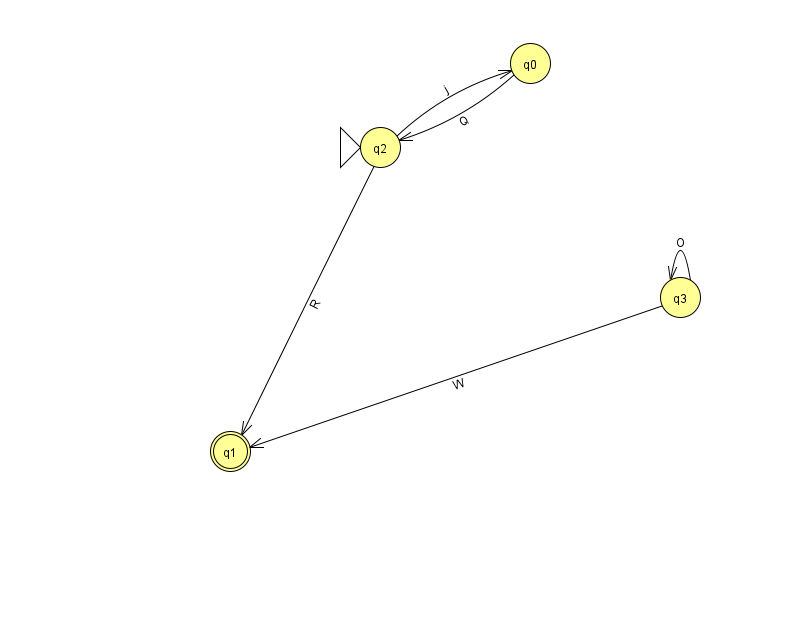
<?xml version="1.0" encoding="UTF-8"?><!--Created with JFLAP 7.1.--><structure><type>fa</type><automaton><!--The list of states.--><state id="0" name="q0"><x>530.0</x><y>50.0</y></state><state id="1" name="q1"><x>230.0</x><y>438.0</y><final/></state><state id="2" name="q2"><x>380.0</x><y>134.0</y><initial/></state><state id="3" name="q3"><x>680.0</x><y>284.0</y></state><!--The list of transitions.--><transition><from>2</from><to>1</to><read>R</read></transition><transition><from>2</from><to>0</to><read>j</read></transition><transition><from>3</from><to>1</to><read>W</read></transition><transition><from>0</from><to>2</to><read>Q</read></transition><transition><from>3</from><to>3</to><read>O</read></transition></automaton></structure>